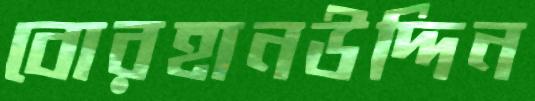
বোরহানউদ্দিন